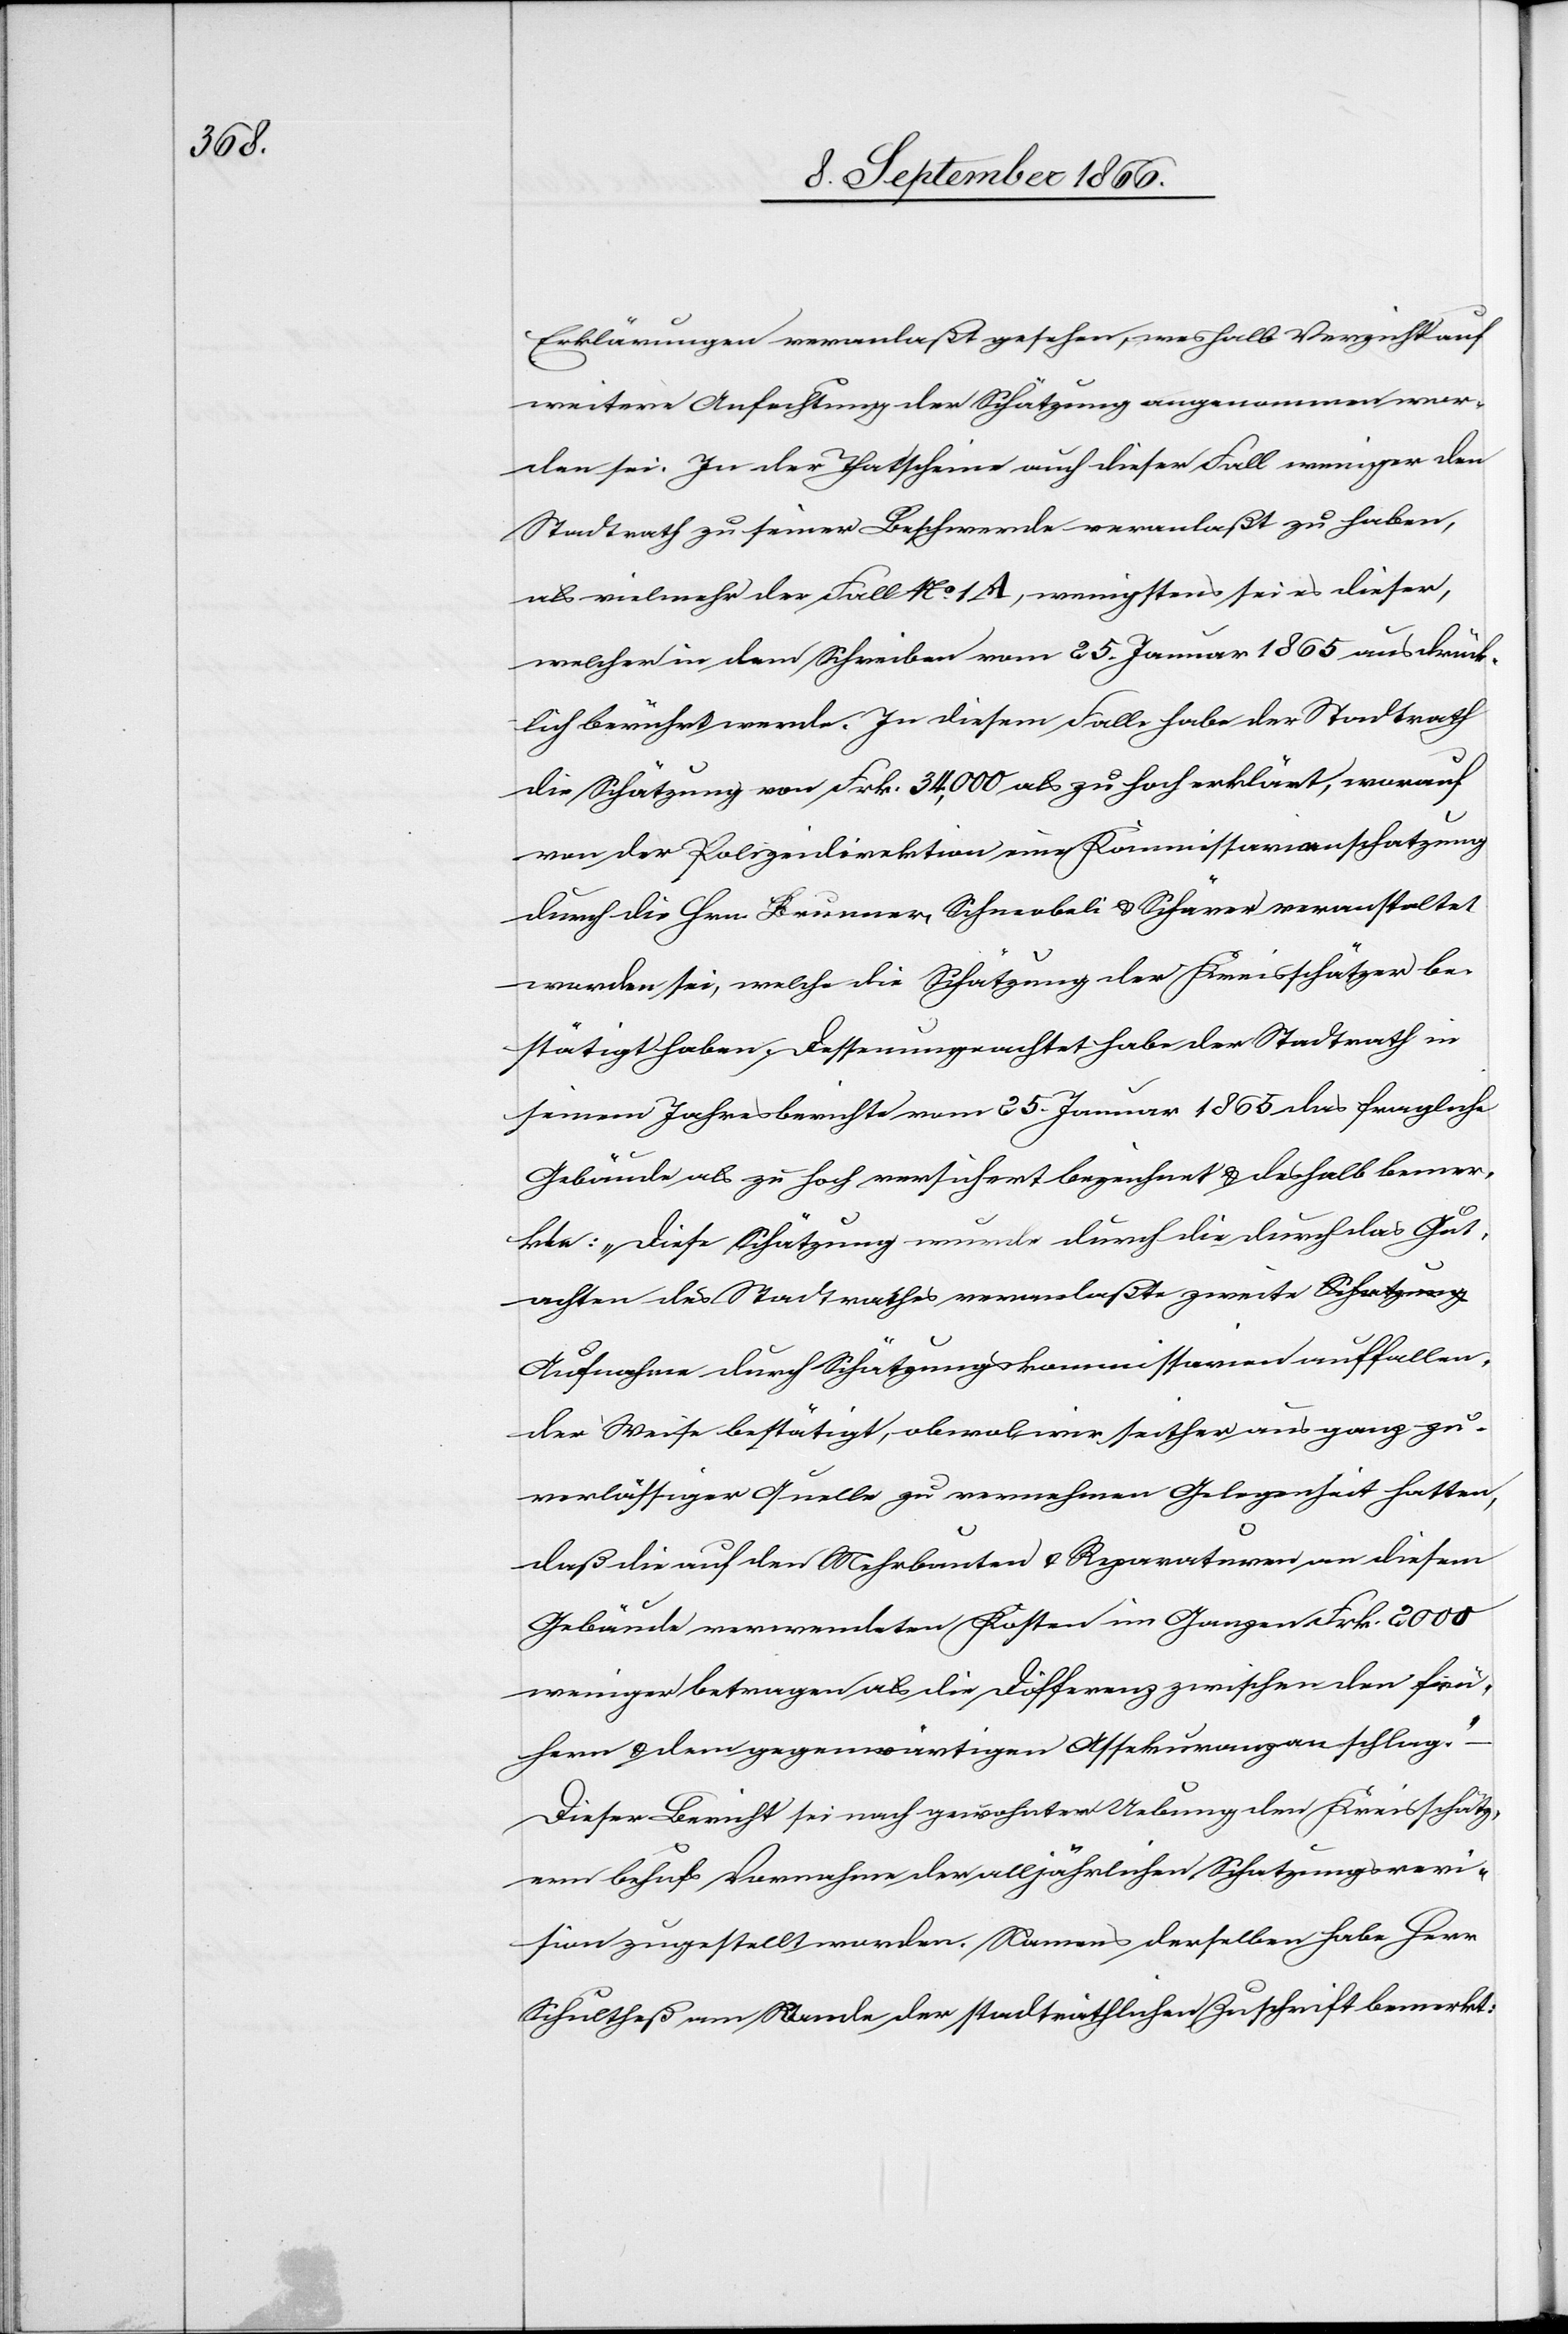
fallen¬

Erklärungen veranlaßt gesehen, weshalb Verzicht auf
weitere Anfechtung der Schätzung angenommen wor¬
den sei. In der That scheine auch dieser Fall weniger den
Stadtrath zu seiner Beschwerde veranlaßt zu haben,
als vielmehr der Fall No. 1 A, wenigstens sei es dieser
welcher in dem Schreiben vom 25. Januar 1865 ausdrück¬
lich berührt werde. In diesem Falle habe der Stadtrath
die Schätzung von Frk. 34 000 als zu hoch erklärt, worauf
von der Polizeidirektion eine Kommissionarienschatzung
durch die Hrn. Brunner, Schneebeli u. Schärer veranstaltet
worden sei, welche die Schätzung der Kreisschätzer be¬
stätigt haben. Dessenungeachtet habe der Stadtrath in
seinem Jahresberichte vom 25. Januar 1865 das fragliche
Gebäude als zu hoch versichert bezeichnet u. deshalb bemer¬
kt: „Diese Schätzung wurde durch die durch das Gut¬
achten des Stadtrathes veranlaßte zweite Aufnahme
der Weise bestätigt, obwol wir seither aus ganz zu¬
verlässiger Quelle zu vernehmen Gelegenheit hatten,
daß die auf den Mehrbauten u. Reparaturen von diesem
Gebäude verwendeten Kosten im Ganzen Frk. 2000
weniger betragen als die Differenz zwischen den frü¬
hern u. dem gegenwärtigen Assekuranzanschlage.“ –
Dieser Bericht sei nach gewohnter Uebeung den Kreisschätz¬
ern behufs Vornahme der alljährlichen Schatzungsrevi¬
sion zugestellt worden. Namens derselben habe Herr
Schultheß am Rande der stadträthlichen Zuschrift bemerkt: